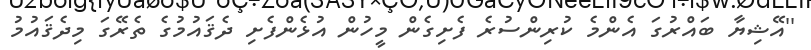
''އޭޝިޔާ ބައްރުގަ އެންމެ ކުރިންސުރެ ފެށިގެން މީހުން އުޅެންފެށި ދެޤައުމުގެ ތެރޭގަ މިދެޤައުމު